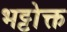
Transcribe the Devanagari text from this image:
भट्टोक्त